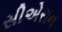
સીએરાન